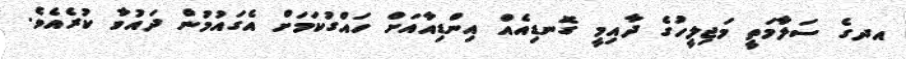
އދގެ ސަލާމަތީ މަޖިލީހުގެ ދާއިމީ ގޮނޑިއެއް އިންޑިއާއަށް ހައްގުކަމަށް އެގައުމުން ދައުވާ ކުރެއެވެ.